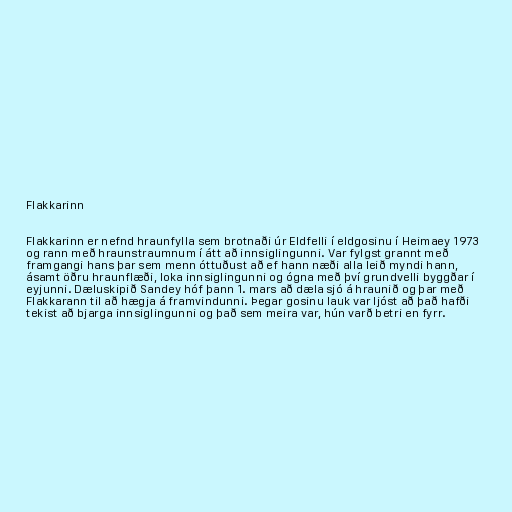
Flakkarinn

Flakkarinn er nefnd hraunfylla sem brotnaði úr Eldfelli í eldgosinu í Heimaey 1973
og rann með hraunstraumnum í átt að innsiglingunni. Var fylgst grannt með
framgangi hans þar sem menn óttuðust að ef hann næði alla leið myndi hann,
ásamt öðru hraunflæði, loka innsiglingunni og ógna með því grundvelli byggðar í
eyjunni. Dæluskipið Sandey hóf þann 1. mars að dæla sjó á hraunið og þar með
Flakkarann til að hægja á framvindunni. Þegar gosinu lauk var ljóst að það hafði
tekist að bjarga innsiglingunni og það sem meira var, hún varð betri en fyrr.